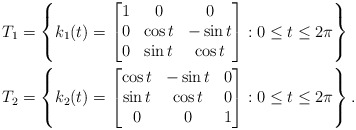
\begin{align*}T_1&=\left\{k_1(t)=\begin{bmatrix} 1 & 0 & 0 \\ 0 & \cos t & -\sin t \\ 0 & \sin t & \cos t\end{bmatrix}:0\leq t\leq 2\pi\right\} \\T_2&=\left\{k_2(t)=\begin{bmatrix} \cos t & -\sin t & 0 \\ \sin t & \cos t & 0 \\ 0 & 0 & 1 \end{bmatrix}:0\leq t\leq 2\pi\right\}.\end{align*}